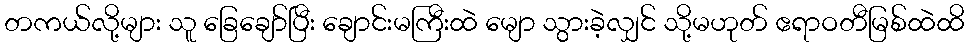
တကယ်လို့များ သူ ခြေချော်ပြီး ချောင်းမကြီးထဲ မျော သွားခဲ့လျှင် သို့မဟုတ် ဧရာဝတီမြစ်ထဲထိ